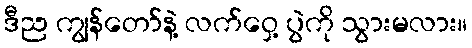
ဒီည ကျွန်တော်နဲ့ လက်ဝှေ့ ပွဲကို သွားမလား။